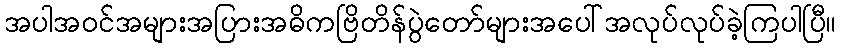
အပါအဝင်အများအပြားအဓိကဗြိတိန်ပွဲတော်များအပေါ်အလုပ်လုပ်ခဲ့ကြပါပြီ။